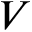
V